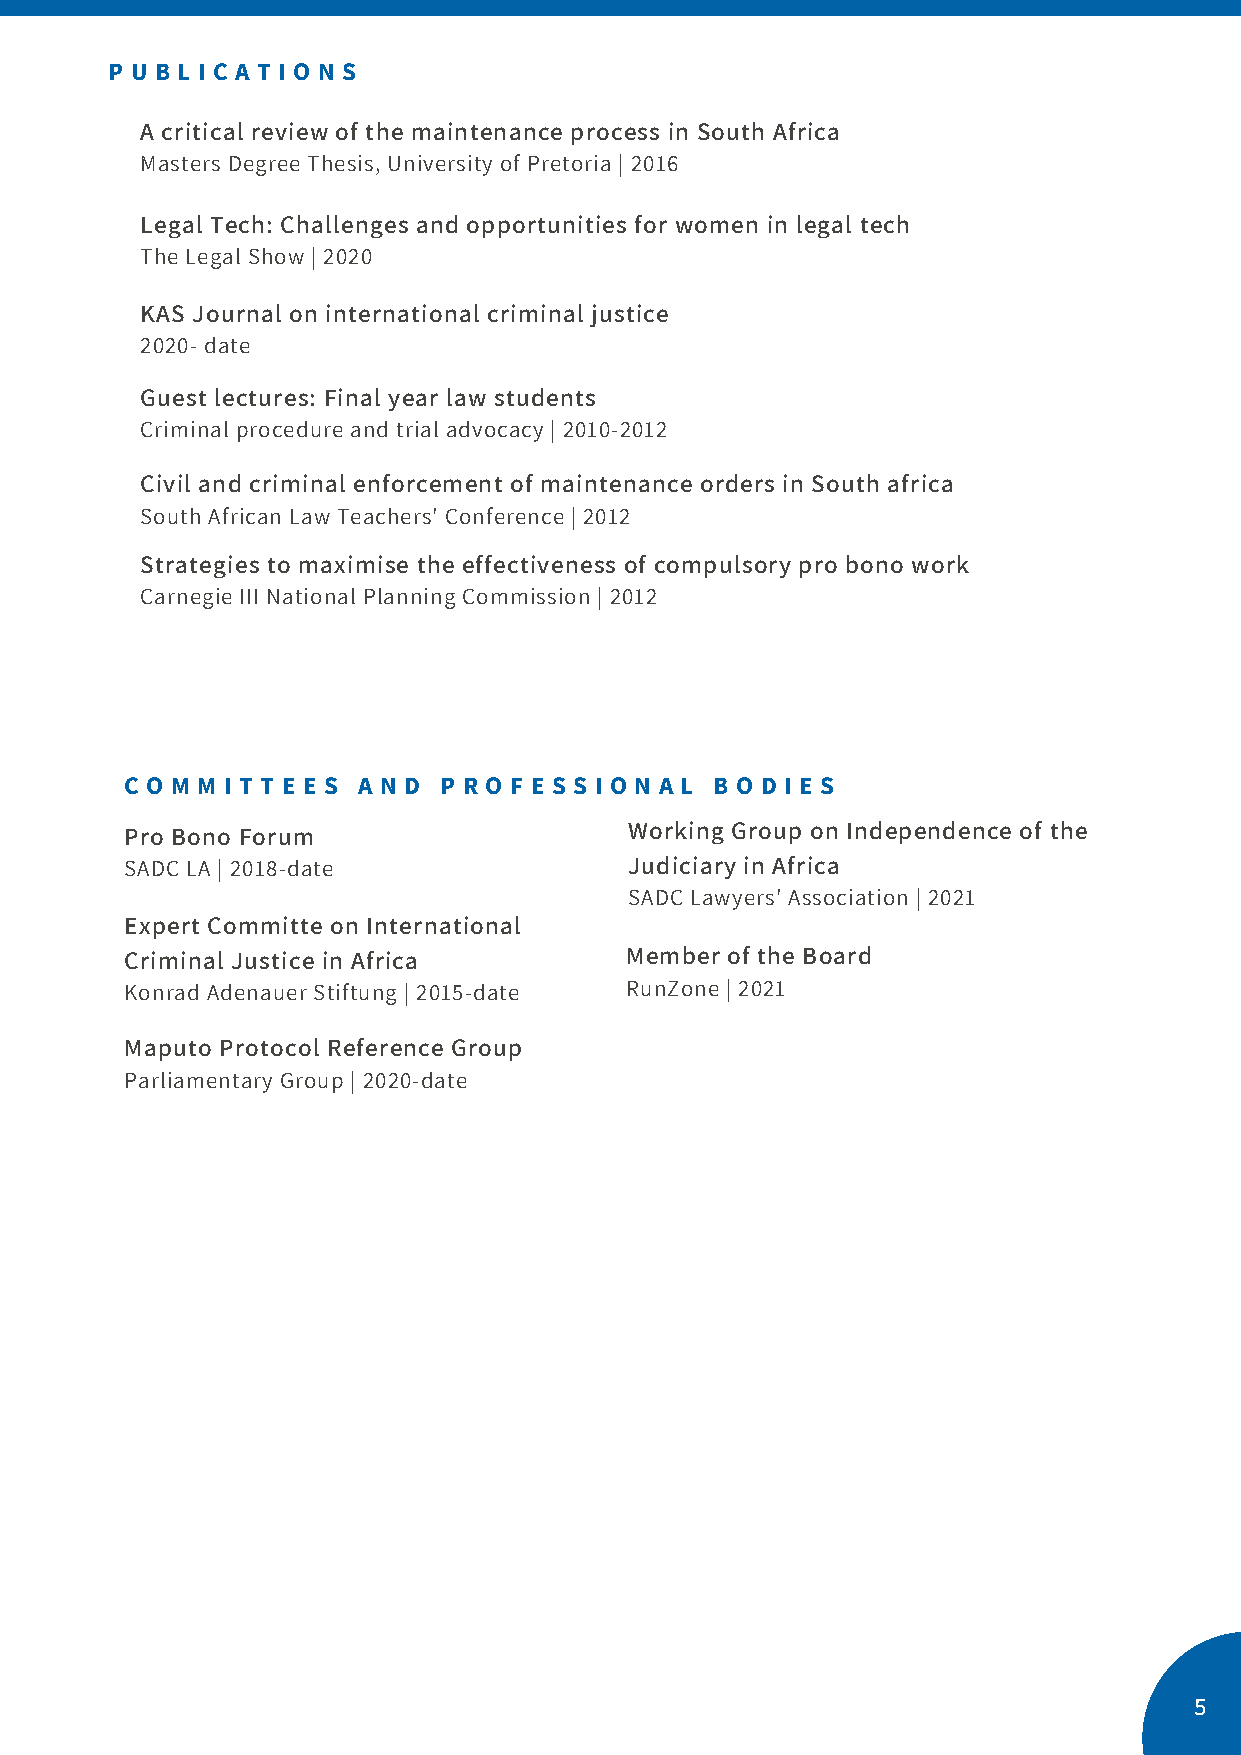
P U B L I C A T I O N S
 A critical review of the maintenance process in South Africa
 Masters Degree Thesis, University of Pretoria | 2016
 Legal Tech: Challenges and opportunities for women in legal tech
 The Legal Show | 2020
 KAS Journal on international criminal justice
 2020- date
 Guest lectures: Final year law students
 Criminal procedure and trial advocacy | 2010-2012
 Civil and criminal enforcement of maintenance orders in South africa
 South African Law Teachers' Conference | 2012
 Strategies to maximise the effectiveness of compulsory pro bono work
 Carnegie III National Planning Commission | 2012
 C O M M I T T E E S A N D P R O F E S S I O N A L B O D I E S
 Pro Bono Forum                    Working Group on Independence of the
 SADC LA | 2018-date               Judiciary in Africa
 SADC Lawyers' Association | 2021
 Expert Committe on International
 Criminal Justice in Africa       Member of the Board
 Konrad Adenauer Stiftung | 2015-date RunZone | 2021
 Maputo Protocol Reference Group
 Parliamentary Group | 2020-date
 5